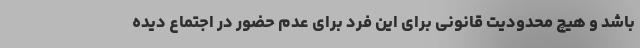
باشد و هیچ محدودیت قانونی برای این فرد برای عدم حضور در اجتماع دیده